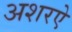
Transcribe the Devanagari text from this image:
अशरऐ